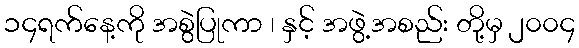
၁၄ရက်နေ့ကို အစွဲပြုကာ ၊ နှင့် အဖွဲ့အစည်း တို့မှ ၂၀၀၄